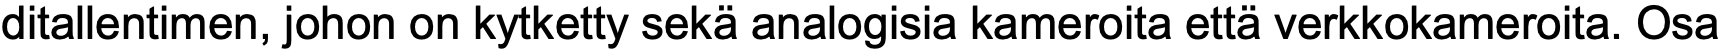
ditallentimen, johon on kytketty sekä analogisia kameroita että verkkokameroita. Osa